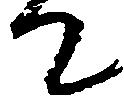
て